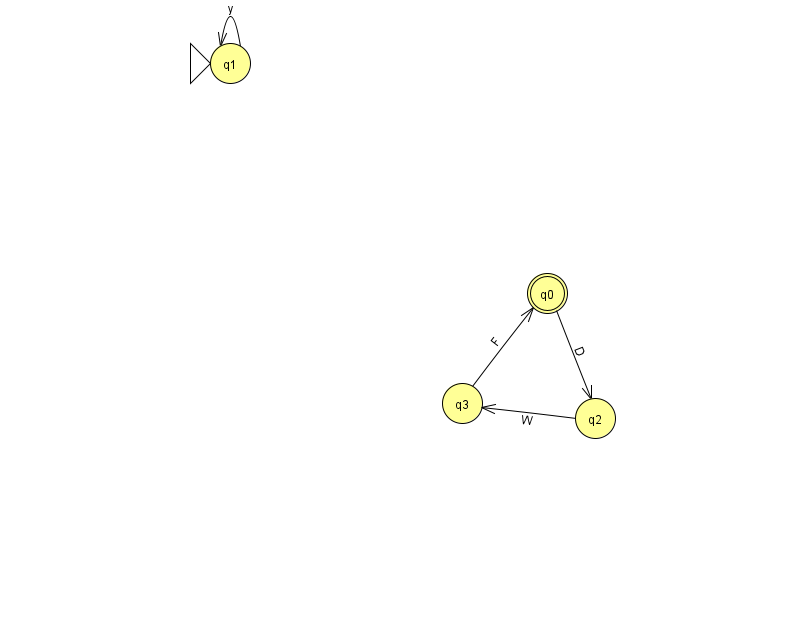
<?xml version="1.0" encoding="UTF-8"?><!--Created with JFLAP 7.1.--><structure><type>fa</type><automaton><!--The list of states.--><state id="0" name="q0"><x>547.0</x><y>280.0</y><final/></state><state id="1" name="q1"><x>230.0</x><y>50.0</y><initial/></state><state id="2" name="q2"><x>595.0</x><y>405.0</y></state><state id="3" name="q3"><x>462.0</x><y>390.0</y></state><!--The list of transitions.--><transition><from>2</from><to>3</to><read>W</read></transition><transition><from>0</from><to>2</to><read>D</read></transition><transition><from>3</from><to>0</to><read>F</read></transition><transition><from>1</from><to>1</to><read>y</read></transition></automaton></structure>